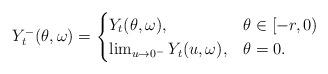
LaTeX: \begin{align*}Y^-_t(\theta,\omega)= \begin{cases} Y_t(\theta,\omega), & \theta\in [-r,0)\\ \lim_{u\rightarrow 0^-} Y_t(u,\omega),& \theta=0.\end{cases}\end{align*}